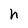
Character: h